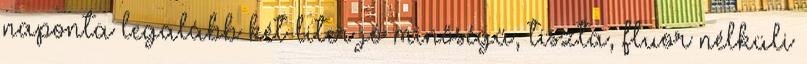
naponta legalább két liter jó minőségű, tiszta, fluor nélküli